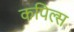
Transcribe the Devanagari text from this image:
कपिल्स